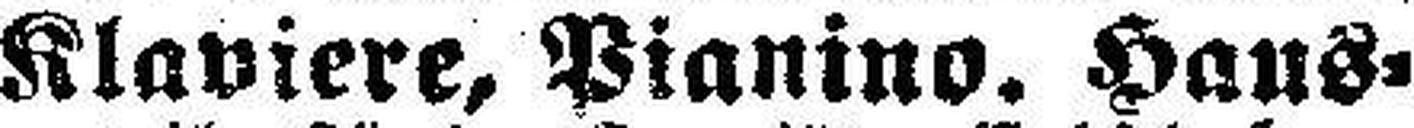
Klaviere, Pianino. Haus¬